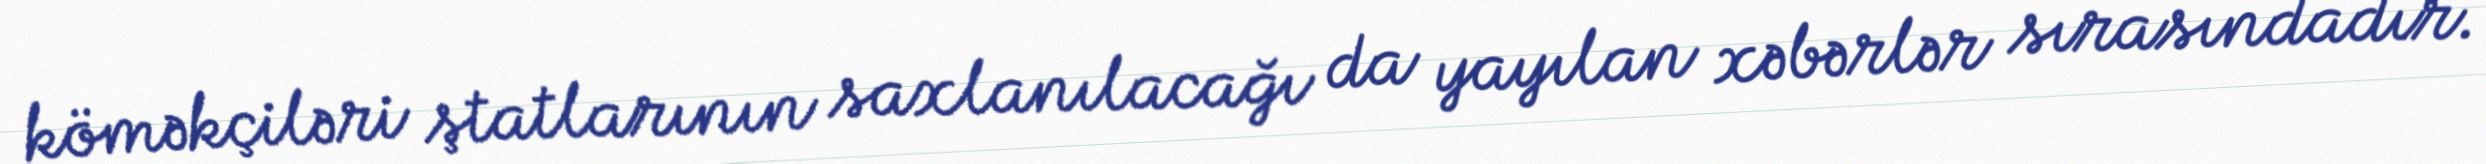
köməkçiləri ştatlarının saxlanılacağı da yayılan xəbərlər sırasındadır.